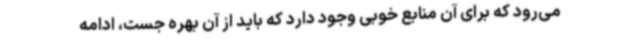
می‌رود که برای آن منابع خوبی وجود دارد که باید از آن بهره جست، ادامه